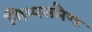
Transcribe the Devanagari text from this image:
गिप्पसलैण्ड